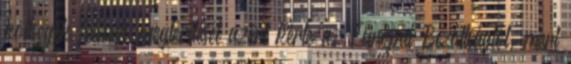
költségek felének megtérítését azért kérte az Európai Bizottságtól, mert